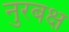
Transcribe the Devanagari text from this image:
नुरबक्ष